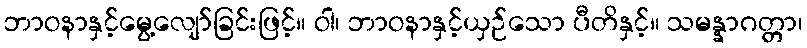
ဘာဝနာနှင့်မွေ့လျော်ခြင်းဖြင့်။ ဝါ၊ ဘာဝနာနှင့်ယှဉ်သော ပီတိနှင့်။ သမန္နာဂတ္တာ၊